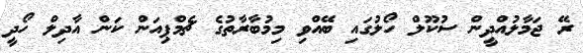
ރޭ ޖަމާލުއްދީން ސުކޫލް ހޯލުގައި ބޭއްވި މިމުބާރާތުގެ ޗެމްޕިއަން ކަން އާދިލް ހޯދީ